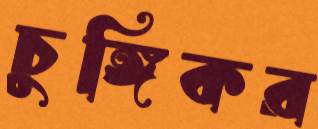
চুঙ্গিকর